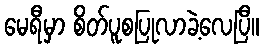
မေရီမှာ စိတ်ပူစပြုလာခဲ့လေပြီ။